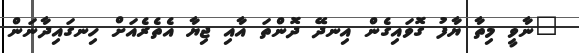
"ނާވީ މިތާ ޔާފު ގޮވައިގެން އިނދޭ ދޮންތަ އާއި ޖިޔާ އެތެރެއަށް ހިނގައިދާނަން